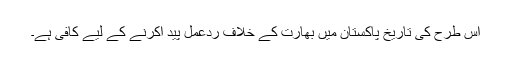
اس طرح کی تاریخ پاکستان میں بھارت کے خلاف ردعمل پید اکرنے کے لیے کافی ہے۔